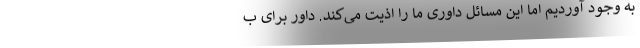
به وجود آوردیم اما این مسائل داوری ما را اذیت می‌کند. داور برای ب